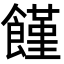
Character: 饉